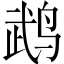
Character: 鹉